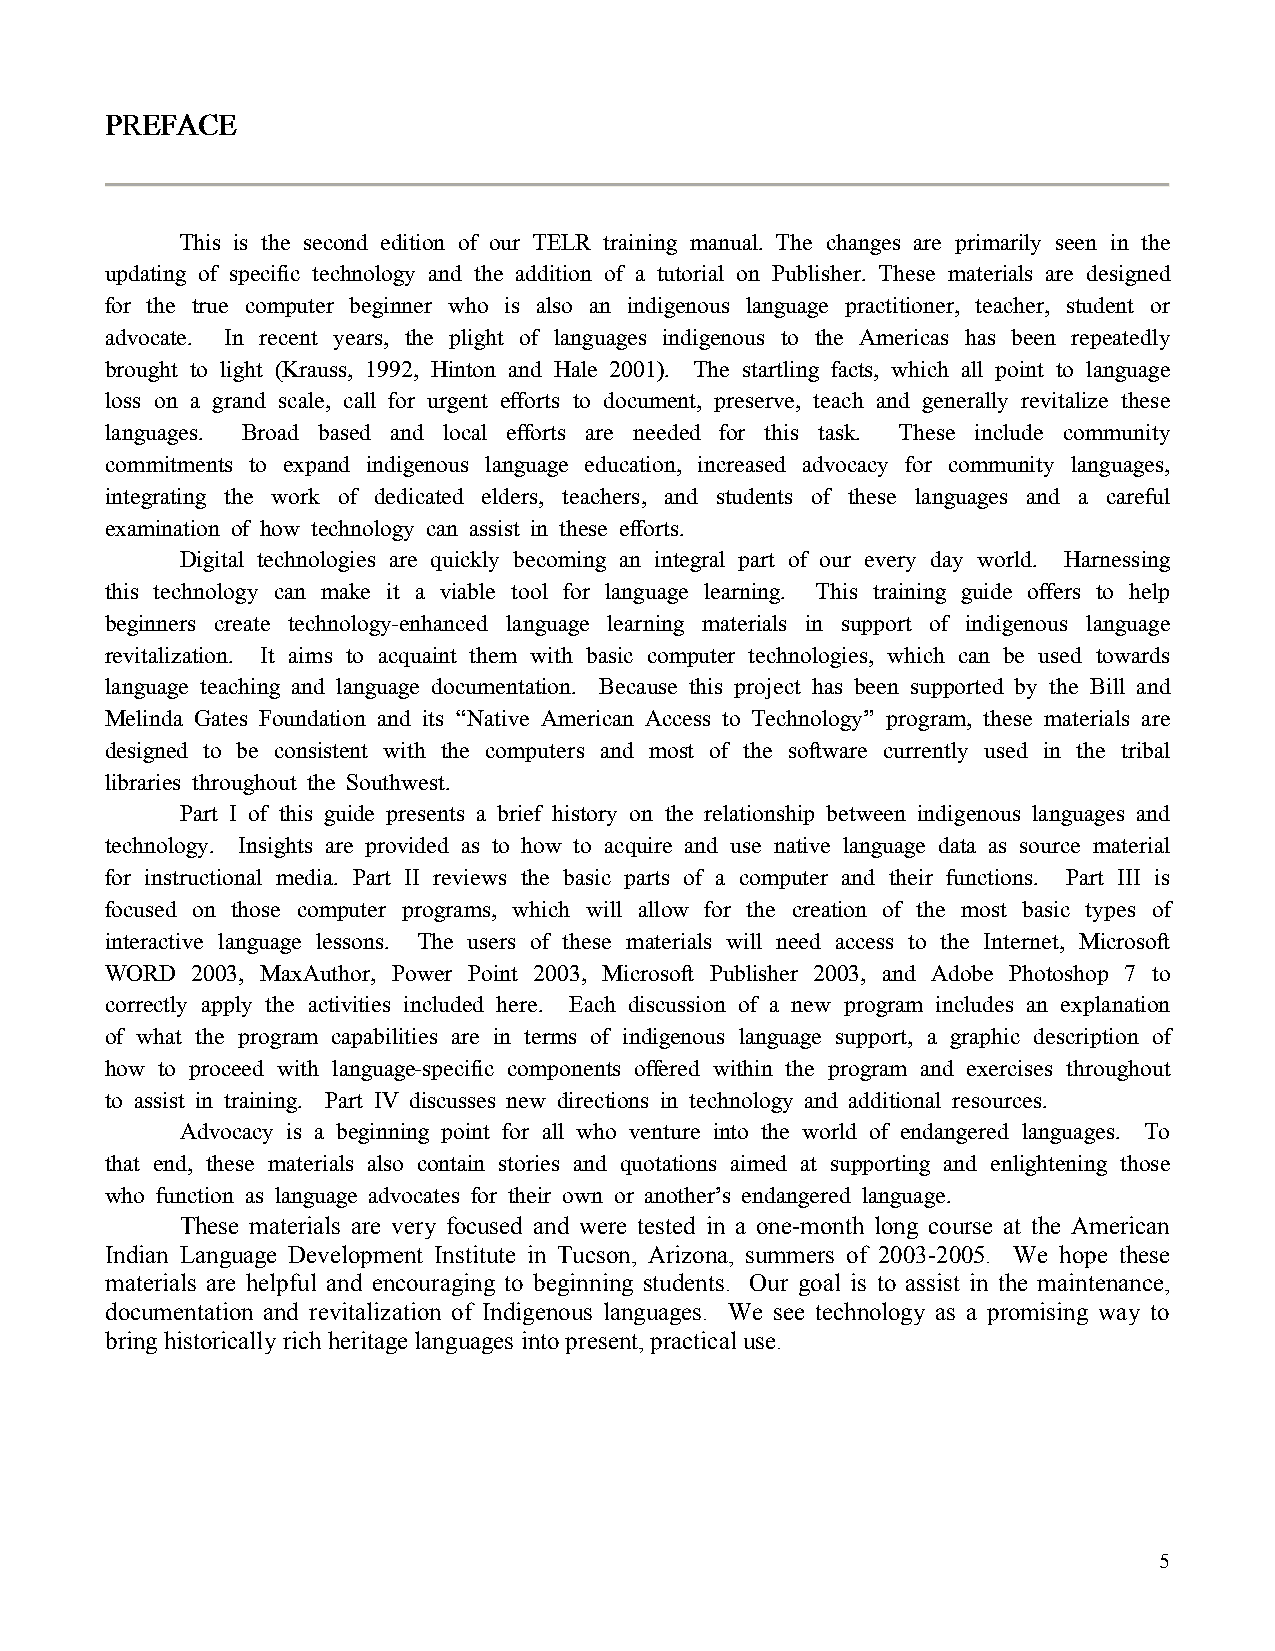
PPPPRRRREEEEFFFFAAAACCCCEEEE
 This is the second edition of our TELR training manual. The changes are primarily seen in the
 updating of specific technology and the addition of a tutorial on Publisher. These materials are designed
 for the true computer beginner who is also an indigenous language practitioner, teacher, student or
 advocate. In recent years, the plight of languages indigenous to the Americas has been repeatedly
 brought to light (Krauss, 1992, Hinton and Hale 2001). The startling facts, which all point to language
 loss on a grand scale, call for urgent efforts to document, preserve, teach and generally revitalize these
 languages. Broad based and local efforts are needed for this task. These include community
 commitments to expand indigenous language education, increased advocacy for community languages,
 integrating the work of dedicated elders, teachers, and students of these languages and a careful
 examination of how technology can assist in these efforts.
 Digital technologies are quickly becoming an integral part of our every day world. Harnessing
 this technology can make it a viable tool for language learning. This training guide offers to help
 beginners create technology-enhanced language learning materials in support of indigenous language
 revitalization. It aims to acquaint them with basic computer technologies, which can be used towards
 language teaching and language documentation. Because this project has been supported by the Bill and
 Melinda Gates Foundation and its “Native American Access to Technology” program, these materials are
 designed to be consistent with the computers and most of the software currently used in the tribal
 libraries throughout the Southwest.
 Part I of this guide presents a brief history on the relationship between indigenous languages and
 technology. Insights are provided as to how to acquire and use native language data as source material
 for instructional media. Part II reviews the basic parts of a computer and their functions. Part III is
 focused on those computer programs, which will allow for the creation of the most basic types of
 interactive language lessons. The users of these materials will need access to the Internet, Microsoft
 WORD  2003, MaxAuthor, Power Point 2003, Microsoft Publisher 2003, and Adobe Photoshop 7 to
 correctly apply the activities included here. Each discussion of a new program includes an explanation
 of what the program capabilities are in terms of indigenous language support, a graphic description of
 how to proceed with language-specific components offered within the program and exercises throughout
 to assist in training. Part IV discusses new directions in technology and additional resources.
 Advocacy is a beginning point for all who venture into the world of endangered languages. To
 that end, these materials also contain stories and quotations aimed at supporting and enlightening those
 who function as language advocates for their own or another’s endangered language.
 These materials are very focused and were tested in a one-month long course at the American
 Indian Language Development Institute in Tucson, Arizona, summers of 2003-2005. We hope these
 materials are helpful and encouraging to beginning students. Our goal is to assist in the maintenance,
 documentation and revitalization of Indigenous languages. We see technology as a promising way to
 bring historically rich heritage languages into present, practical use.
 5